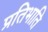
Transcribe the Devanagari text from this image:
प्रतिभाति